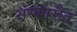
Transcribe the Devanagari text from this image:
संस्कारीत